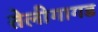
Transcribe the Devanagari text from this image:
तेलीगागड